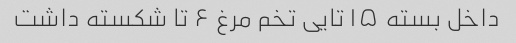
داخل بسته ۱۵ تایی تخم مرغ ۶ تا شکسته داشت